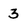
Character: 3